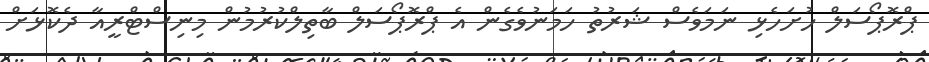
ޕްރޮޕޯސަލް ހުށަހެޅި ނަމަވެސް ޝަރުތު ހަމަނުވެގެން އެ ޕްރޮޕޯސަލް ބާތިލްކުރުމުން މިނިސްޓްރީއާ ދެކޮޅަށް